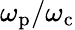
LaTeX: \omega_{\mathrm{p}}/\omega_{\mathrm{c}}